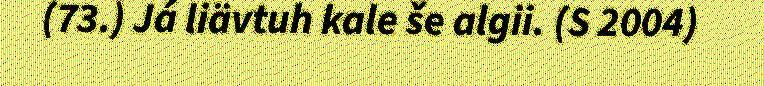
(73.) Já liävtuh kale še algii. (S 2004)